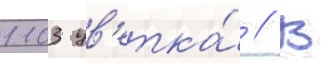
1103 цв'етка́ // В